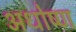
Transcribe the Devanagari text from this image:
अधोष्ण